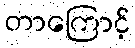
တာကြောင့်